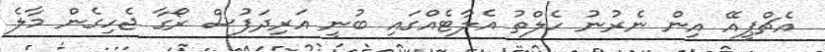
އެޗްޕީއޭ އިން ނެރުނު ހެލްތު އެލާޓެއްގައި ބުނީ އަރިދަފުސް ރޯގާ ޖެހިގެން މާލެ